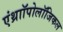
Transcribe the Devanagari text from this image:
एंथ्राॉपोलॉजिकल